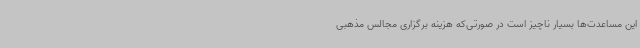
این مساعدت‌ها بسیار ناچیز است در صورتی‌که هزینه برگزاری مجالس مذهبی